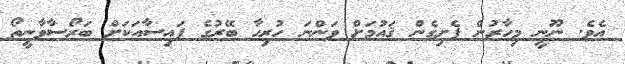
އެވެ. ނޫނީ މިހާރުން ފެށިގެން ޤައުމަށް ވަންނަ ހުރިހާ ބޭރުގެ ފައިސާއަކަށް ބަރޯސާވާނީތޯ